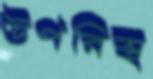
উপরিস্থ